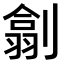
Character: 𠟊